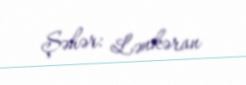
Şəhər: Lənkəran